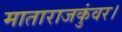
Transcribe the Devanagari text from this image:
माताराजकुंवर।